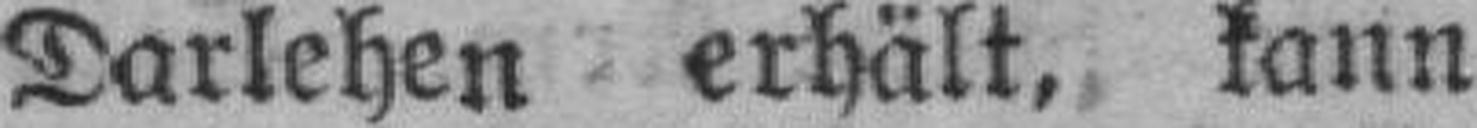
Darlehen erhält, kann